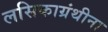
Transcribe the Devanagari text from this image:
लसिकाग्रंथीना